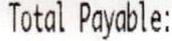
TOTAL PAYABLE: